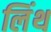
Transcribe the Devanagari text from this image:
लिंथ